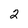
Character: 2